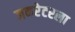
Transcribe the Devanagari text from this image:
जनरेटरला